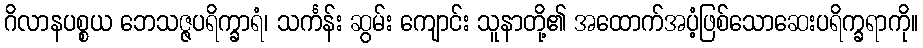
ဂိလာနပစ္စယ ဘေသဇ္ဇပရိက္ခာရံ၊ သင်္ကန်း ဆွမ်း ကျောင်း သူနာတို့၏ အထောက်အပံ့ဖြစ်သောဆေးပရိက္ခရာကို။